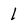
Character: 1